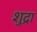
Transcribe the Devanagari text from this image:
शुद्रा